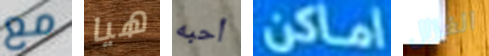
مع هيا أحبه اماكن الغزال